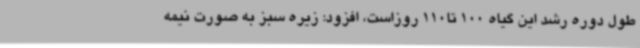
طول دوره رشد این گیاه 100 تا110 روزاست، افزود: زیره سبز به صورت نیمه